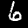
Label: 6